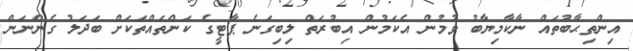
އިންތިޙާބުތައް ނާކާމިޔާބު ވުމުން އެކަމުން އިބުރަތް ލިބިގަނެ ޕާޓީގެ ކަންތައްތަކަށް ބަދަލު ގެންނަން